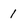
Character: 1